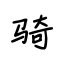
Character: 骑